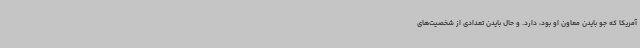
آمریکا که جو بایدن معاون او بود، دارد. و حال بایدن تعدادی از شخصیت‌های